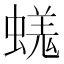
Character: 𧏙